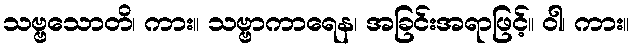
သဗ္ဗသောတိ၊ ကား။ သဗ္ဗာကာရေန၊ အခြင်းအရာဖြင့်။ ဝါ၊ ကား။